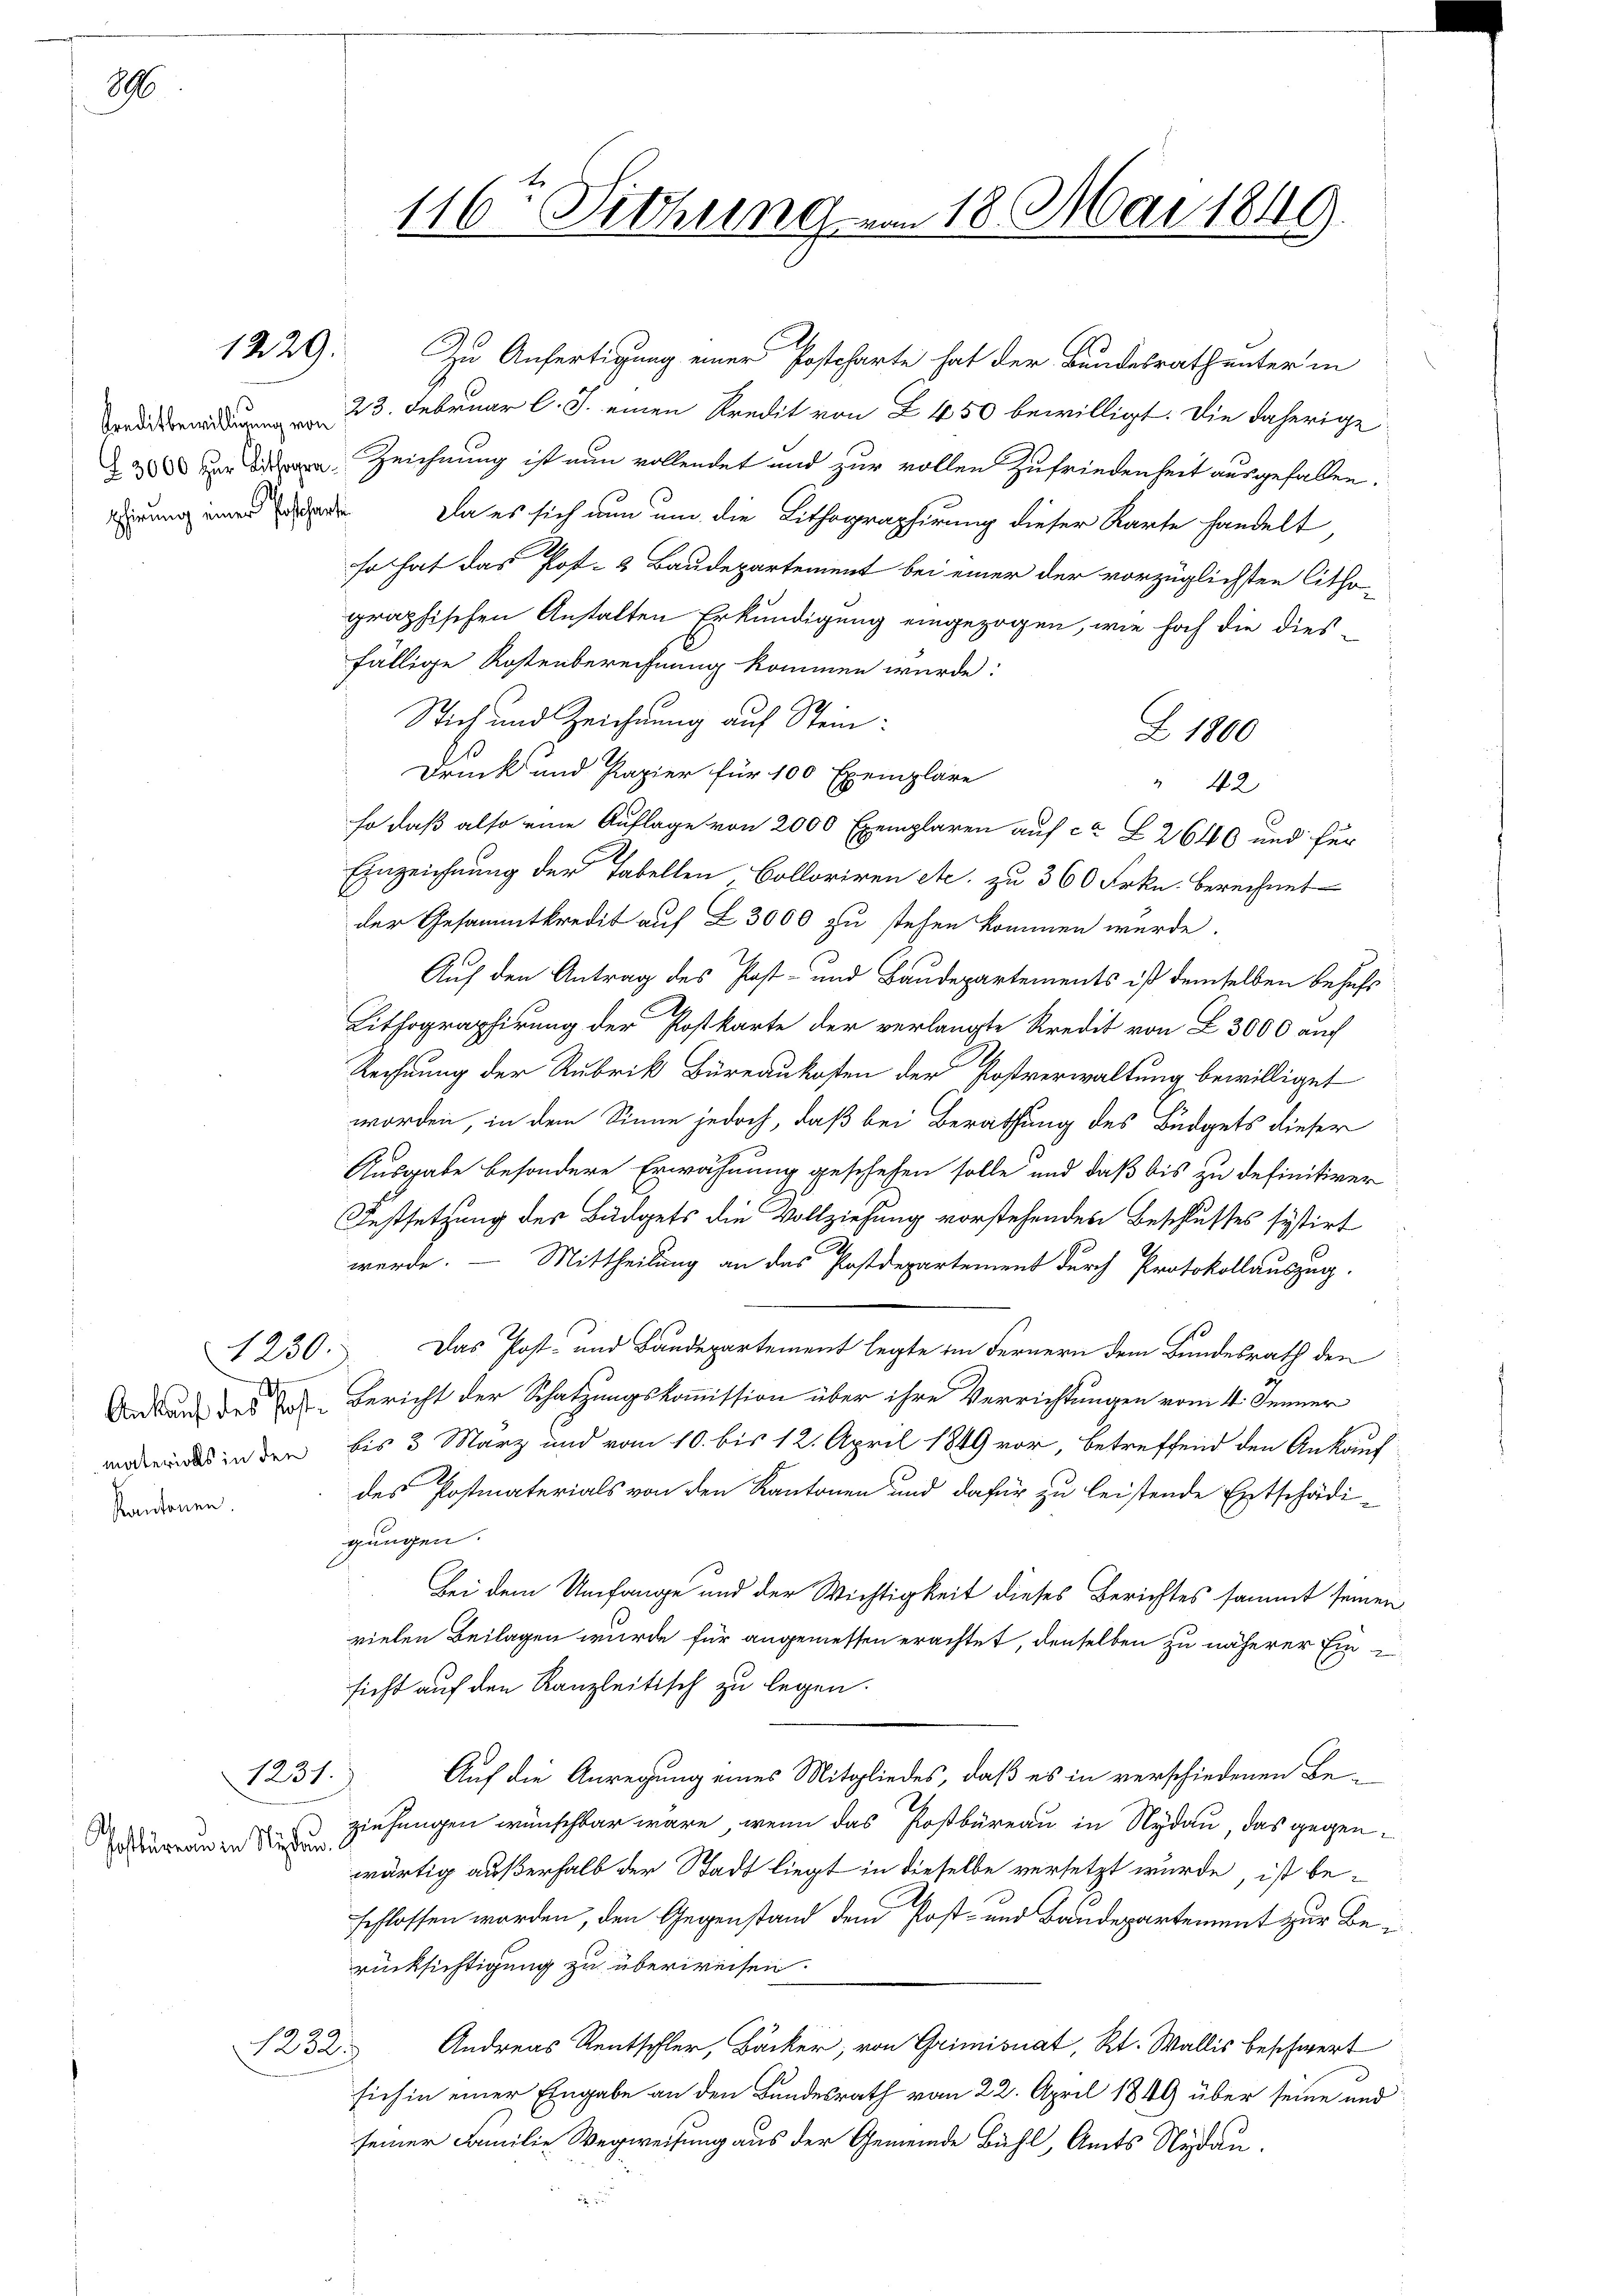
86

1230.
t
Kantonen.

1229.

ostbüreau in Nydau

1232.

116ten Sitzung von 18. Mai 1849.

Zu Anfertigung einer Postcharte hat der Bundesrath unter in
23. Februar l. J. einen Kredit von § 450 bewilligt. Die daherige
2 Zeichnung ist nun vollendet und zur vollen Zufriedenheit ausgefallen.
irung einer oder Da es sich nun um die Lithographirung dieser Karte handelt
so hat das Post- & Baudepartement bei einer der vorzüglichsten litho-
graphischen Anstalten Erkundigung eingezogen, wie hoch die dies
fällige Kostenberechnung kommen würde:
Stich und Zeichnung auf Stein¬
Z 1800
Druck und Papier für 100 Exemplare
" 42
so daß also eine Auflage von 2000 Exemplaren auf ca L 2640 und für
Einzeichnung der Tabellen, Colloriren etc. zu 360 Frkn. berechnet
der Gesammtkredit auf Z 3000 zu stehen kommen würde.
Auf den Antrag des Post- und Baudepartements ist demselben behufs
Lithographirung der Postkarte der verlangte Kredit von L. 3000 auch
Rechnung der Rubrik Büreaukosten der Postverwaltung bewilliget
worden, in dem Sinne jedoch, daß bei Berathung des Büdgets dieser
Ausgabe besondere Erwähnung geschehen solle und daß bis zu definitiver
Festsetzung des Büdgets die Vollziehung vorstehenden Beschlusses systirt
werde. — Mittheilung an das Postdepartement durch Protokollauszug.
6
Das Post- und Bandepartement legte im Fernern dem Bundesrath den
Bord und des Post-Bericht der Schatzungskommission über ihre Verrichtungen vom 4. Jenner
ds in den bis 3 März und vom 10. bis 12. April 1849 vor, betreffend den Ankauf
des Postmaterials von den Kantonen und dafür zu leistende Entschädigungen.
Bei dem Umfange und der Wichtigkeit dieses Berichtes sammt seinen
vielen Beilagen wurde für angemessen erachtet, denselben zu näherer Ein
sicht auf den Kanzleitisch zu legen.
Auf die Anregung eines Mitgliedes, daß es in verschiedenen Be-
1231.
ziehungen wünschbar wäre, wenn das Roßbüreau in Nydau, das gegenwärtig außerhalb der Stadt liegt in dieselbe versetzt wurde, ist beschlossen worden, den Gegenstand dem Post- und Baudepartement zur Berücksichtigung zu überweisen.
Andreas Rentschler, Bäcker, von Grimisnat, Rt. Wallis beschwert
sich in einer Eingabe an den Bundesrath vom 22. April 1849 über seine und
seiner Familie Wegweisung aus der Gemeinde Bühl, Amts Nydau.